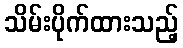
သိမ်းပိုက်ထားသည့်